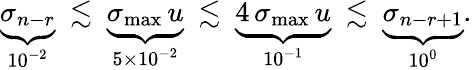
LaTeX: \begin{array}{r}{\underbrace{\sigma_{n-r}}_{10^{-2}}\ \lesssim\ \underbrace{\sigma_{\operatorname*{max}}\, u}_{5\times 10^{-2}}\ \lesssim\ \underbrace{4\, \sigma_{\operatorname*{max}}\, u}_{10^{-1}}\ \lesssim\ \underbrace{\sigma_{n-r+1}}_{10^{0}}.}\end{array}